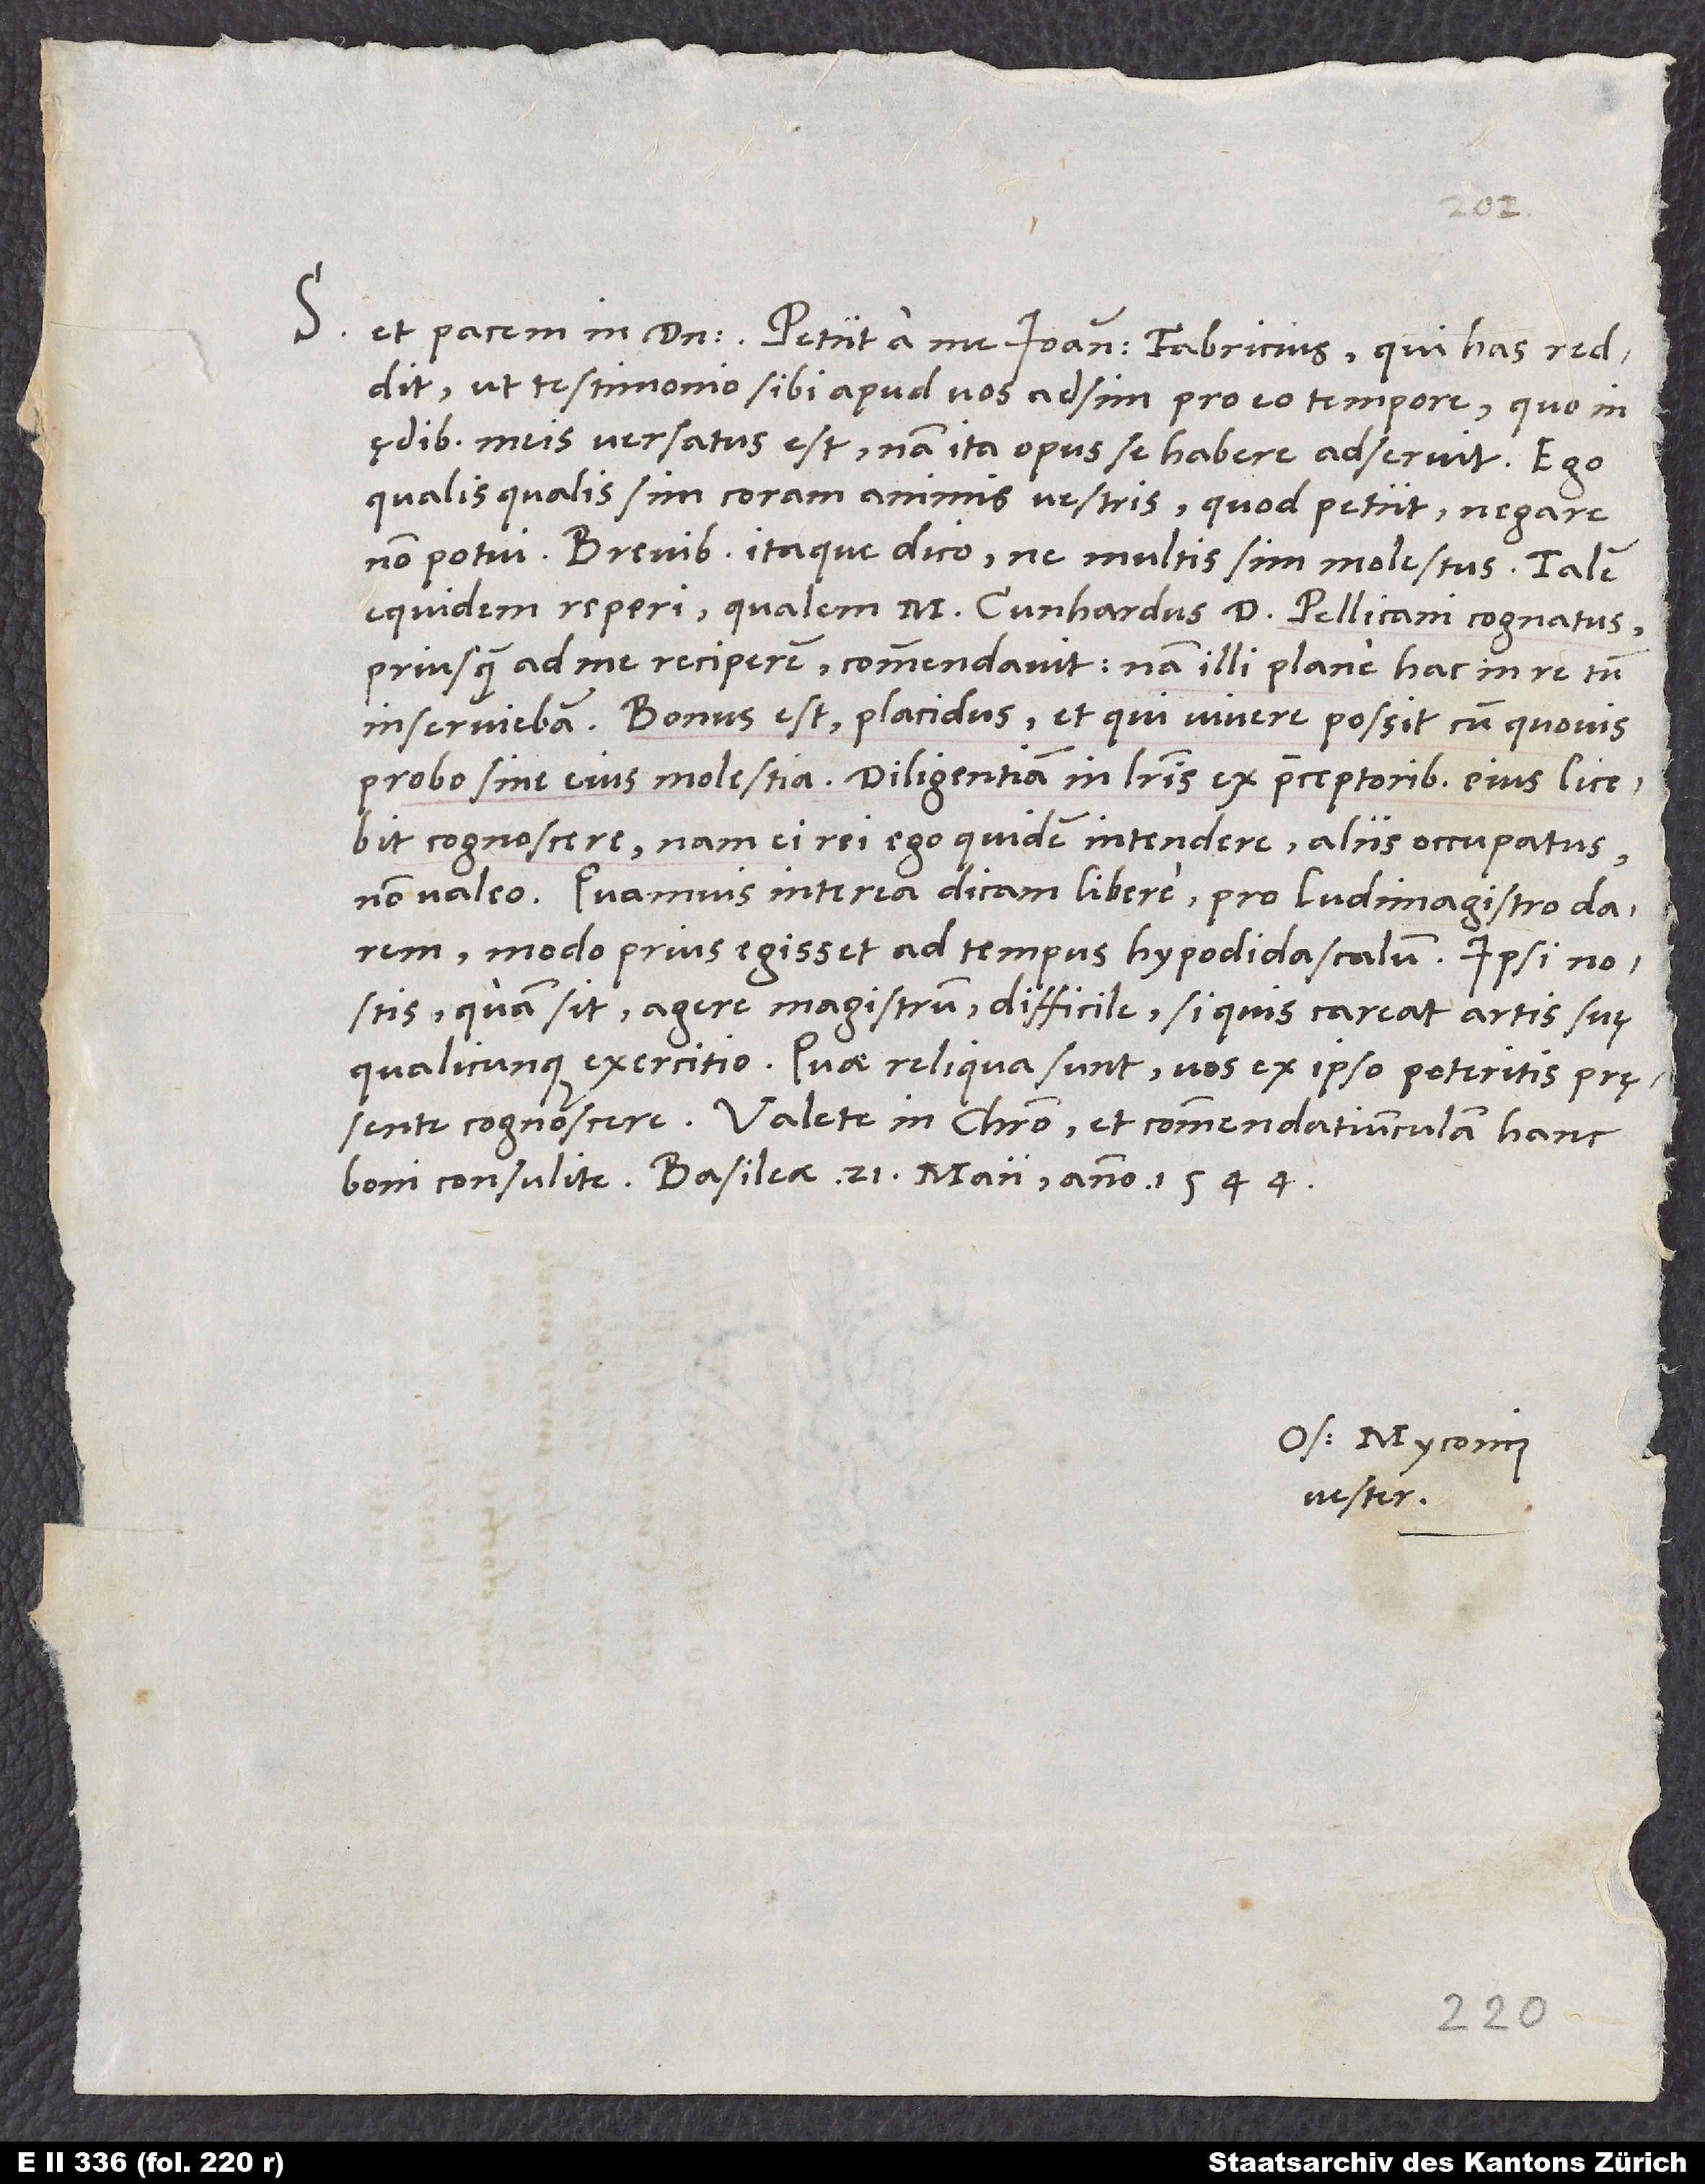
ut testimonio sibi apud vos adsim pro eo tempore, quo in
ędibus meis versatus est, nam ita opus se habere adseruit. Ego
qualisqualis sim coram animis vestris, quod petiit, negare
non potui. Brevibus itaque dico, ne multis sim molestus.
equidem reperi, qualem M. Cunhardus, d. Pellicani cognatus,
priusquam ad me reciperem, commendavit, nam illi plane hac in re tum
inserviebam. Bonus est, placidus, et qui vivere possit cum quovis
probo sine eius molestia. Diligentiam in literis ex praeceptoribus eius licebit
cognoscere, nam ei rei ego quidem intendere aliis occupatus
non valeo. Quamvis interea dicam libere, pro ludimagistro darem,
modo prius egisset ad tempus hypodidascalum. Ipsi nostis,
quam sit agere magistrum difficile, si quis careat artis suę
qualicunque exercitio. Quae reliqua sunt, vos ex ipso poteritis pręsente
Valete in Christo et commendatiunculam hanc
boni consulite. Basileae, 21. maii anno 1544.
Os. Myconius
vester.